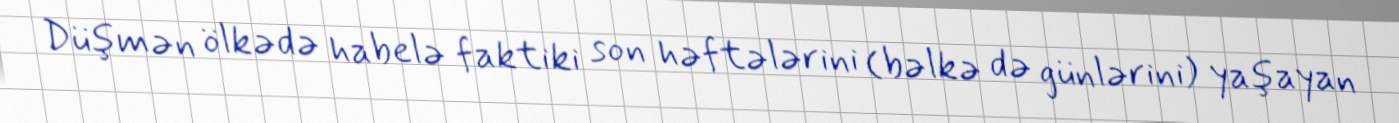
Düşmən ölkədə habelə faktiki son həftələrini (bəlkə də günlərini) yaşayan